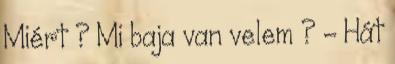
Miért ? Mi baja van velem ? - Hát